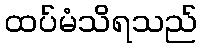
ထပ်မံသိရသည်